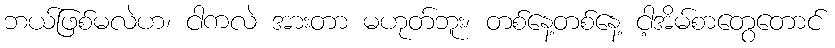
ဘယ်ဖြစ်မလဲဟ၊ ငါကလဲ အားတာ မဟုတ်ဘူး၊ တစ်နေ့တစ်နေ့ ငါ့အိမ်စာတွေတောင်